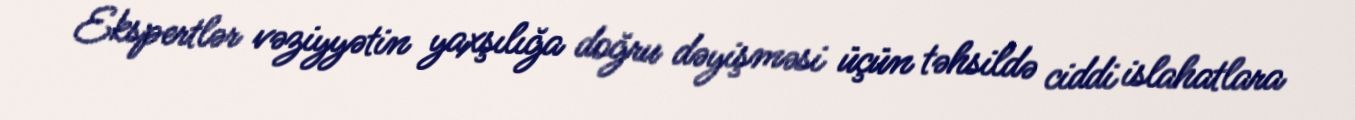
Ekspertlər vəziyyətin yaxşılığa doğru dəyişməsi üçün təhsildə ciddi islahatlara